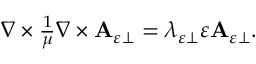
\begin{array} { r } { \nabla \times \frac { 1 } { \mu } \nabla \times \mathbf { A } _ { \varepsilon \perp } = \lambda _ { \varepsilon \perp } \varepsilon \mathbf { A } _ { \varepsilon \perp } . } \end{array}